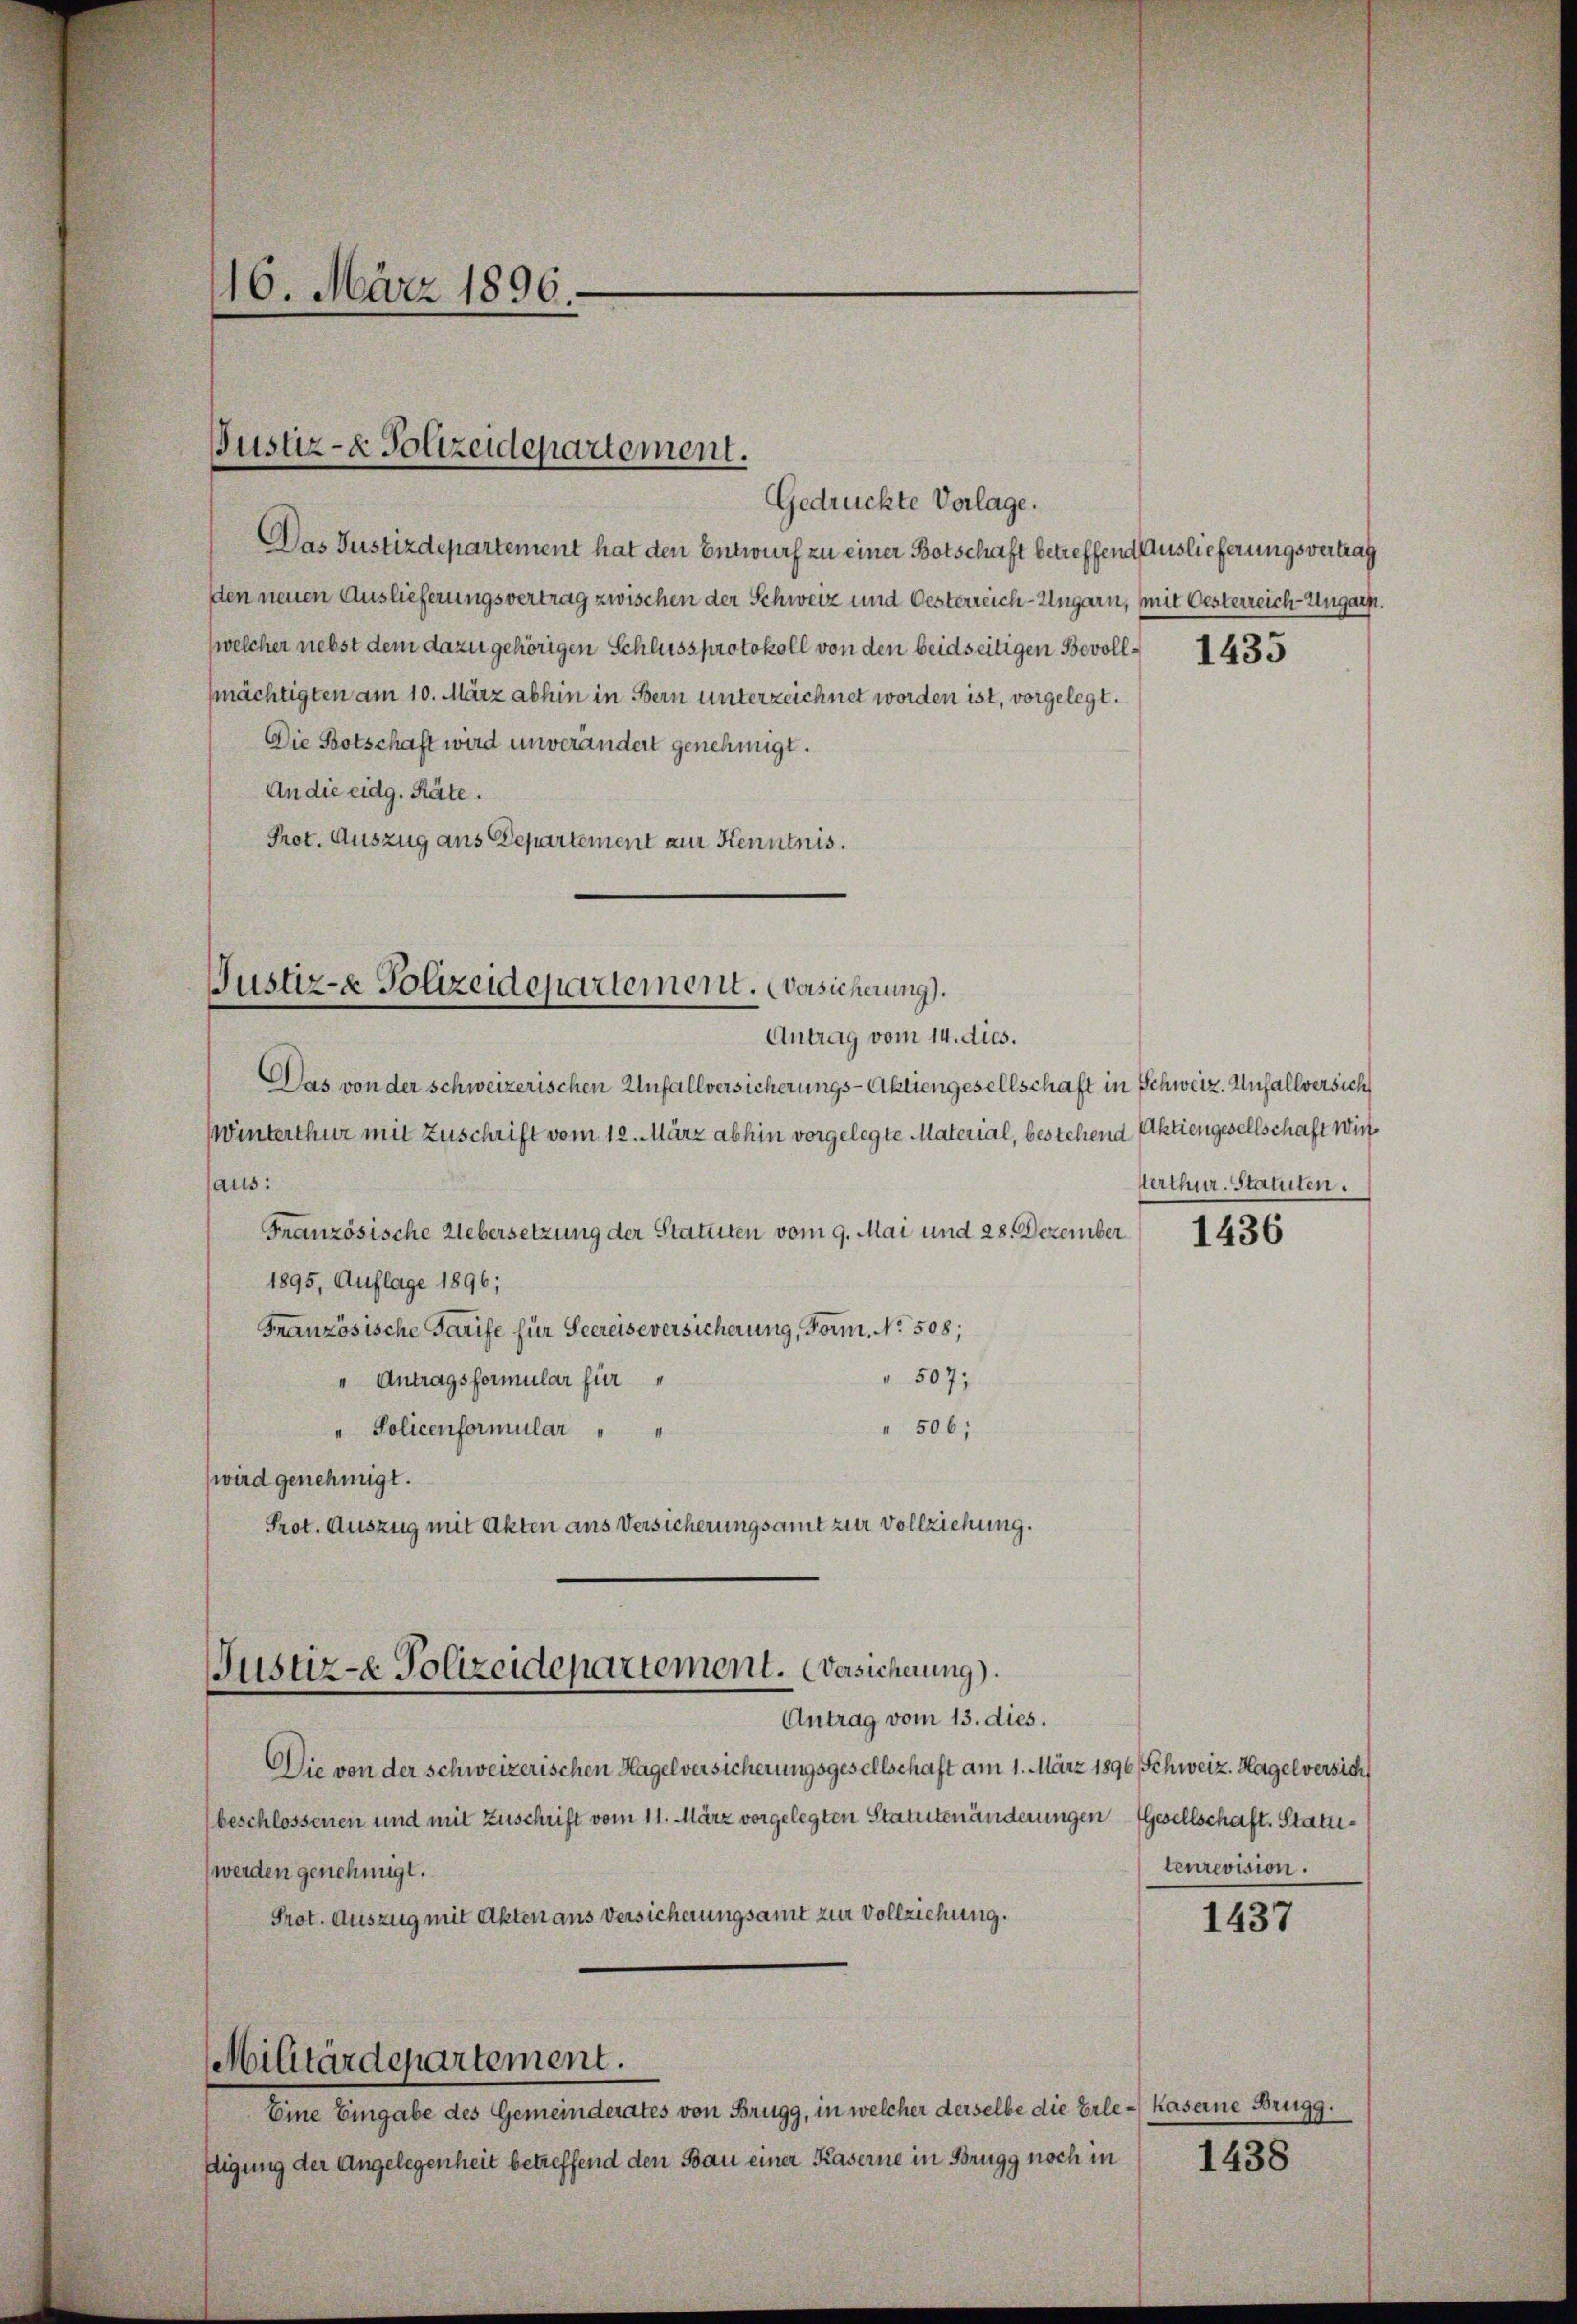
16. März 1896.

Justiz- & Polizeidepartement.
Gedrückte Vorlage.

Das Justizdepartement hat den Entwurf zu einer Botschaft betreffend Auslieferungsvertrag
den neuen Auslieferungsvertrag zwischen der Schweiz und Oesterreich-Ungarn, mit Oesterreich-Ungarn.
(welcher nebst dem dazu gehörigen Schluss protokoll von den beidseitigen Bevollmächtigten am 10. März abhin in Bern unterzeichnet worden ist, vorgelegt.
Die Botschaft wird unverändert genehmigt.
An die eidg. Räte.
Prot. Auszug aus Departement zur Kenntnis.
Justiz- & Polizeidepartement. Versicherung).
Antrag vom 14. dies.
Das von der schweizerischen Unfallversicherungs-Aktiengesellschaft in Schweiz. Anfallversich
WWinterthur mit Zuschrift vom 12. März abhin vorgelegte Material, bestehend Aktiengesellschaft wir

aus:
Französische Uebersetzung der Statuten vom 9. Mai und 28. Dezember
1895, Auflage 1896;
Französische Tarife für Seereiseversicherung, Form, No. 508;
 507;
" Antragsformular für
" 506;
" Policenformular
wird genehmigt.
Prot. Auszug mit Akten aus Versicherungsamt zur Vollziehung.
Justiz-e Polizeidepartement. Versicherung).
Antrag vom 13. dies.
Die von der schweizerischen Hagelversicherungsgesellschaft am 1. März 1896 Schweiz. Hagel versich
beschlossenen und mit Zuschrift vom 11. März vorgelegten Statutenänderungen Gesellschaft. Statt¬
(werden genehmigt.
Prot. Auszug mit Akten aus Versicherungsamt zur Vollziehung.
Militärdepartement.
Eine Eingabe des Gemeinderates von Brugg, in welcher derselbe die Erle-Kaserne Brugg.
digung der Angelegenheit betreffend den Bau einer Kaserne in Brugg noch in

1435

terthur. Statuten.

1436

teurevision.

1437

1438